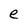
Character: e